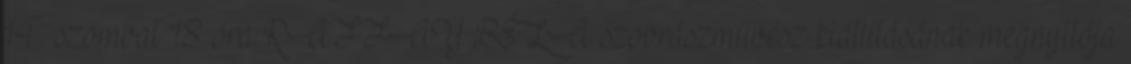
14. szombat 18 óra RAFFAY BÉLA szobrászművész kiállításának megnyitója